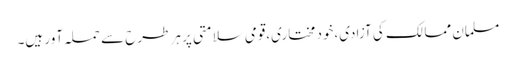
مسلمان ممالک کی آزادی،خود مختاری،قومی سلامتی پر ہر طرح سے حملہ آور ہیں۔